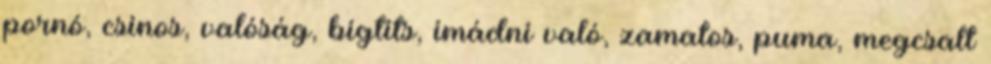
pornó, csinos, valóság, bigtits, imádni való, zamatos, puma, megcsalt